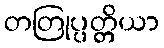
တတြုပ္ပတ္တိယာ